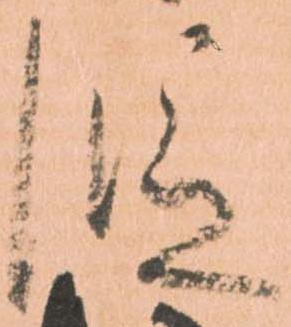
段